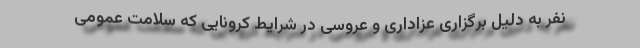
نفر به دلیل برگزاری عزاداری و عروسی در شرایط کرونایی که سلامت عمومی